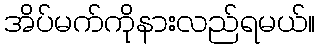
အိပ်မက်ကိုနားလည်ရမယ်။